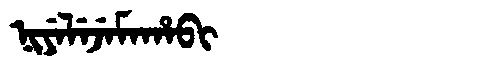
Manchu: ᠨᡳᠶᡝᠯᡝᠵᡝᠮᠠᡥᠠᠪᡳ
Romanization: NIYELEJEMAHABI